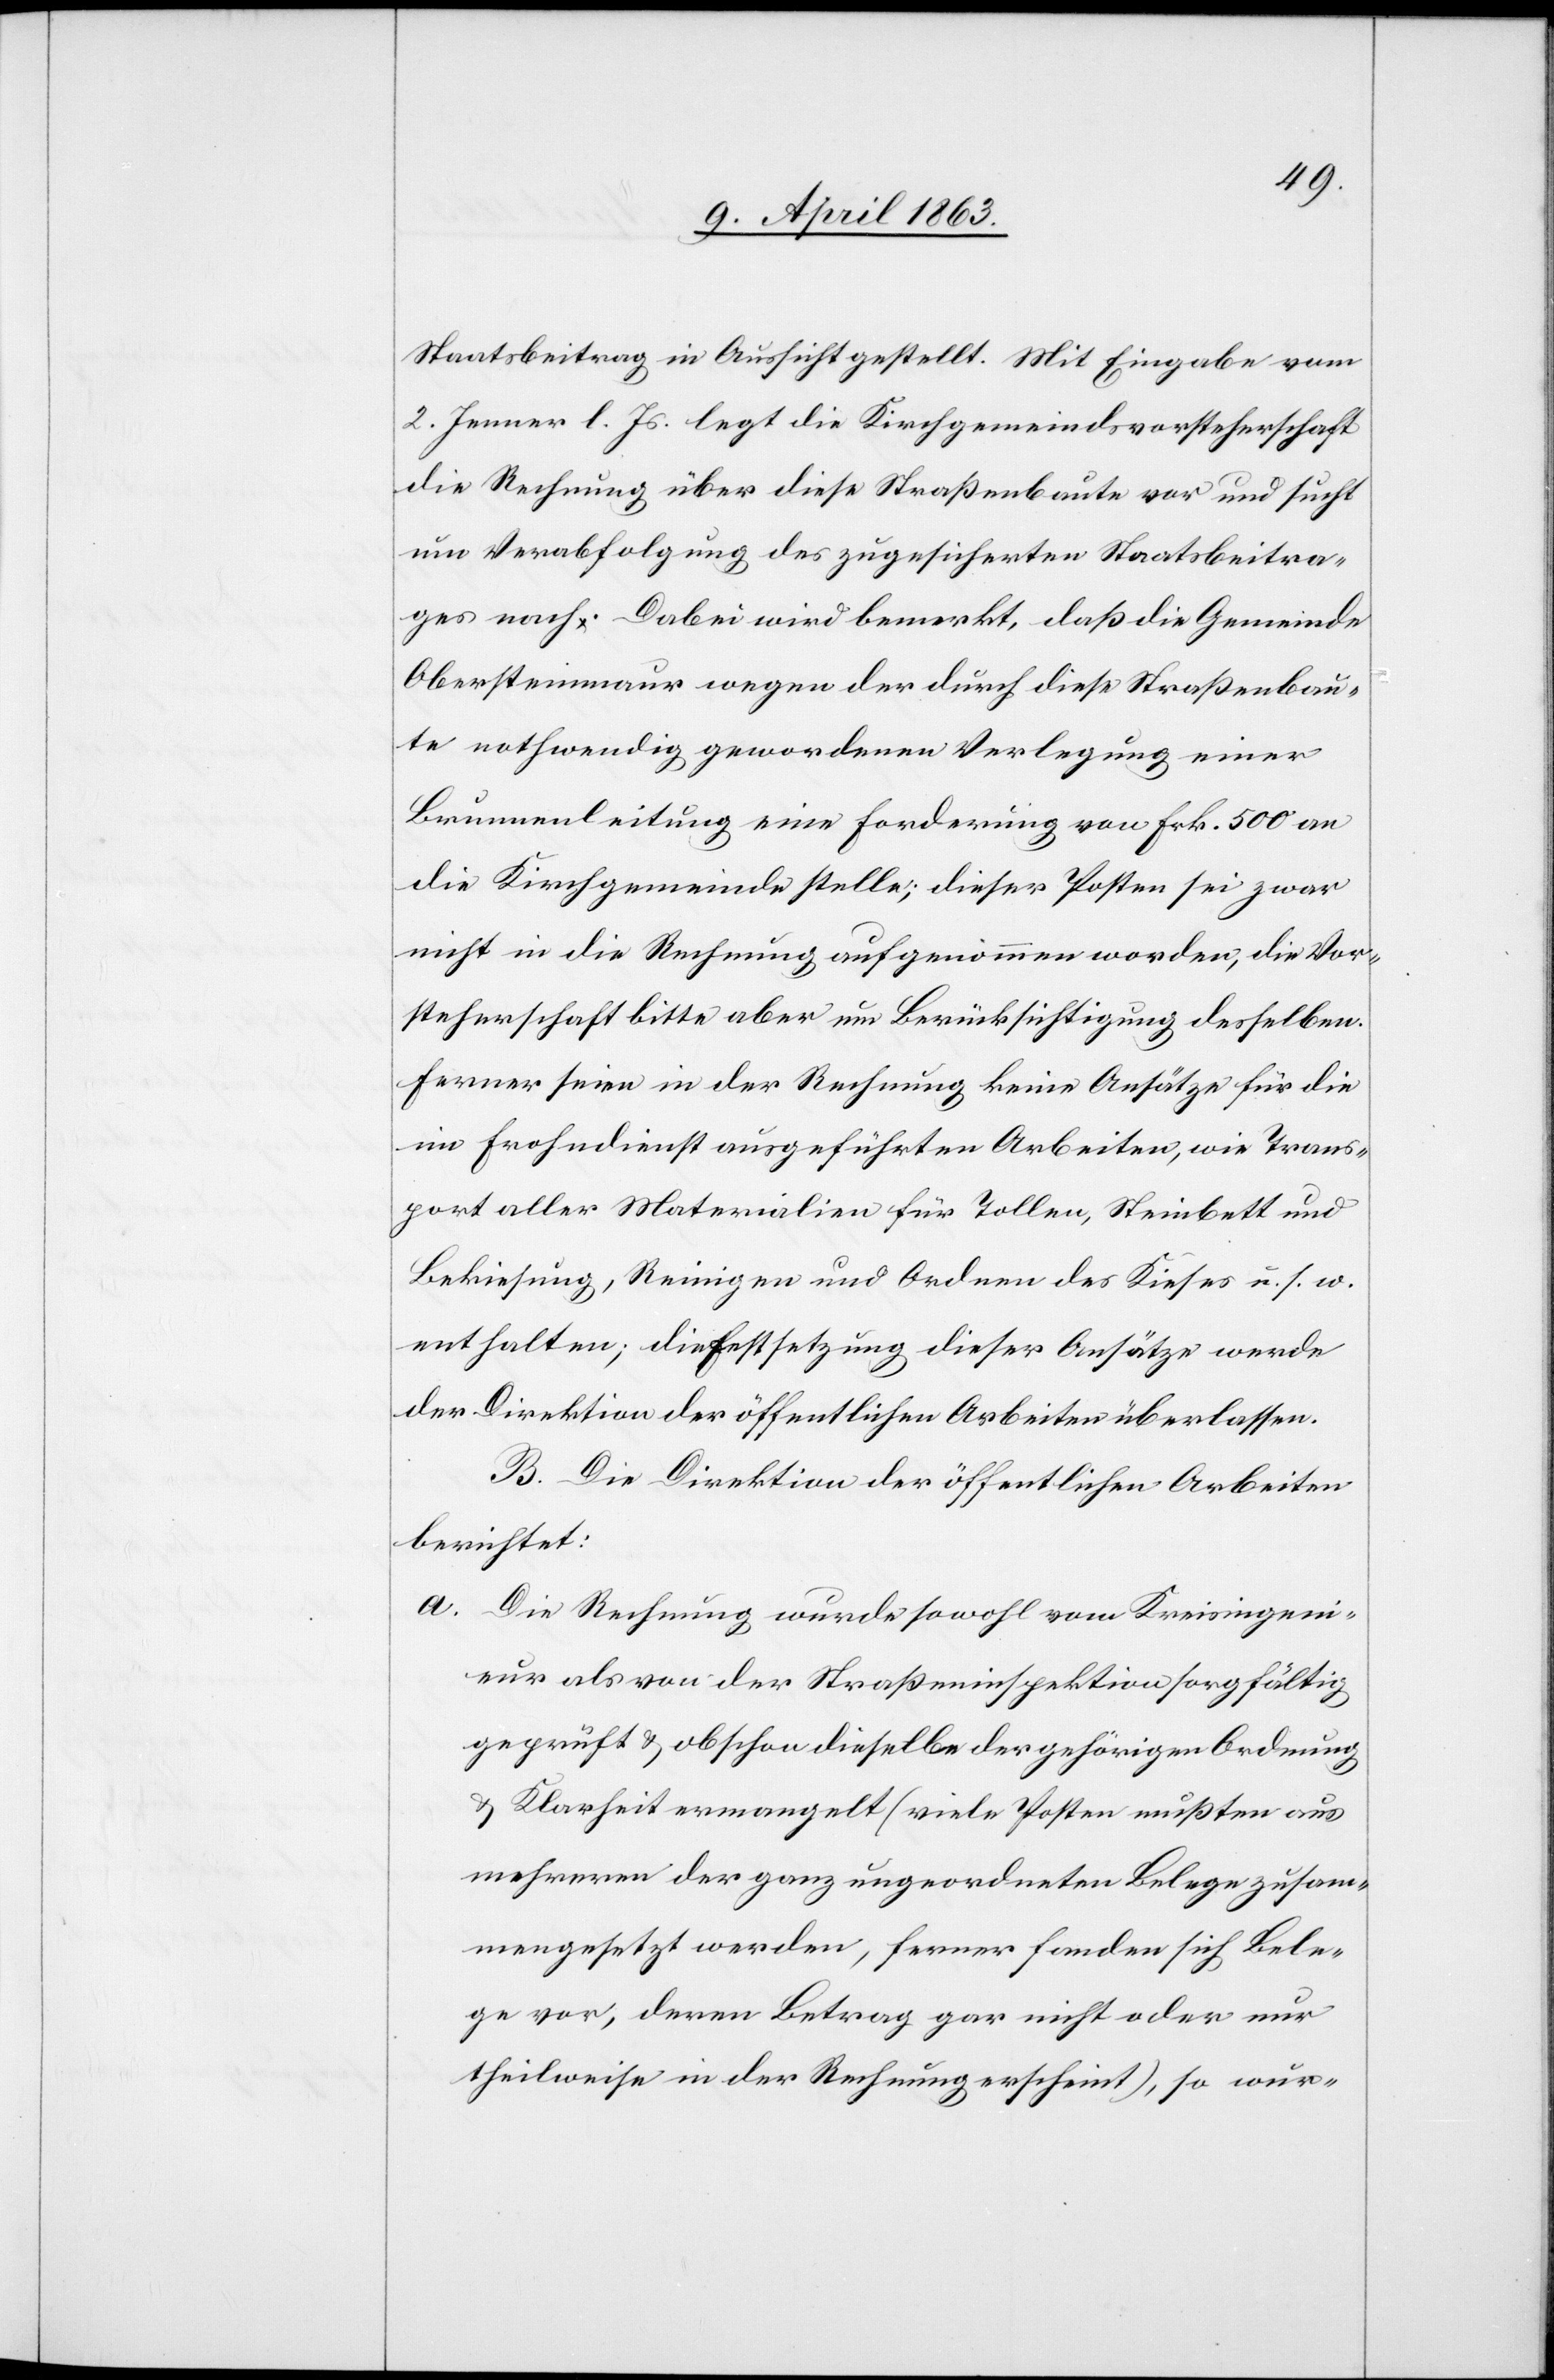
Staatsbeitrag in Aussicht gestellt. Mit Eingabe vom
2. Jenner l. Js. legt die Kirchgemeindsvorsteherschaft
die Rechnung über diese Straßenbaute vor und sucht
um Verabfolgung des zugesicherten Staatsbeitra¬
ges nach. Dabei wird bemerkt, daß die Gemeinde
Obersteinmaur wegen der durch diese Straßenbau¬
te nothwendig gewordenen Verlegung einer
Brunnenleitung eine Forderung von Frk. 500 an
die Kirchgemeinde stelle; dieser Posten sei zwar
nicht in die Rechnung aufgenommen worden, die Vor¬
steherschaft bitte aber um Berücksichtigung desselben.
Ferner seien in der Rechnung keine Ansätze für die
im Frohndienst ausgeführten Arbeiten, wie Trans¬
port aller Materialien für Tollen, Steinbett und
Bekiesung, Reinigen und Ordnen des Kieses u. s. w.
enthalten; die Festsetzung dieser Ansätze werde
der Direktion der öffentlichen Arbeiten überlassen.
B. Die Direktion der öffentlichen Arbeiten
berichtet:
a) Die Rechnung wurde sowohl vom Kreisingeni¬
eur als von der Straßeninspektion sorgfältig
geprüft & obschon dieselbe der gehörigen Ordnung
& Klarheit ermangelt (viele Posten mußten aus
mehreren der ganz angeordneten Belege zusam¬
mengesetzt werden, ferner fanden sich Bele¬
ge vor, deren Betrag gar nicht oder nur
theilweise in der Rechnung erscheint), so wür-